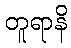
တူရာနိ